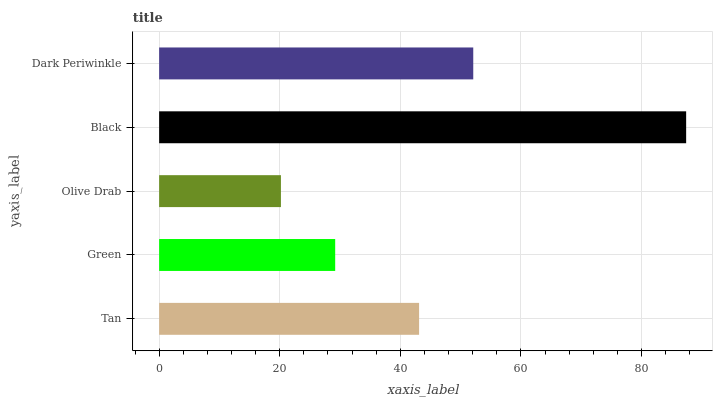
| yaxis_label | bars |
 | --- | --- |
 | Tan | 43.1 |
 | Green | 29.2 |
 | Olive Drab | 20.2 |
 | Black | 87.4 |
 | Dark Periwinkle | 52.1 |